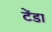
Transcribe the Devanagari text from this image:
टेंडा